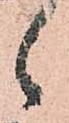
候